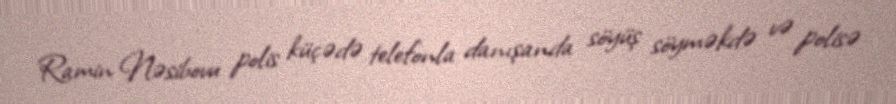
Ramin Nəsibovu polis küçədə telefonla danışanda söyüş söyməkdə və polisə